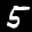
Label: 5